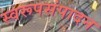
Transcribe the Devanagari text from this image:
स्वरूपसंपादन